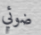
ضوئي